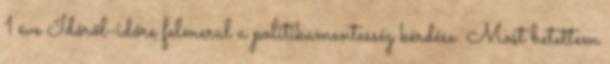
1 éve Időről-időre felmerül a politikamentesség kérdése. Most betettem